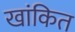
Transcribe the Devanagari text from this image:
खांकित